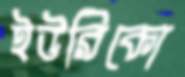
ইউরিকো